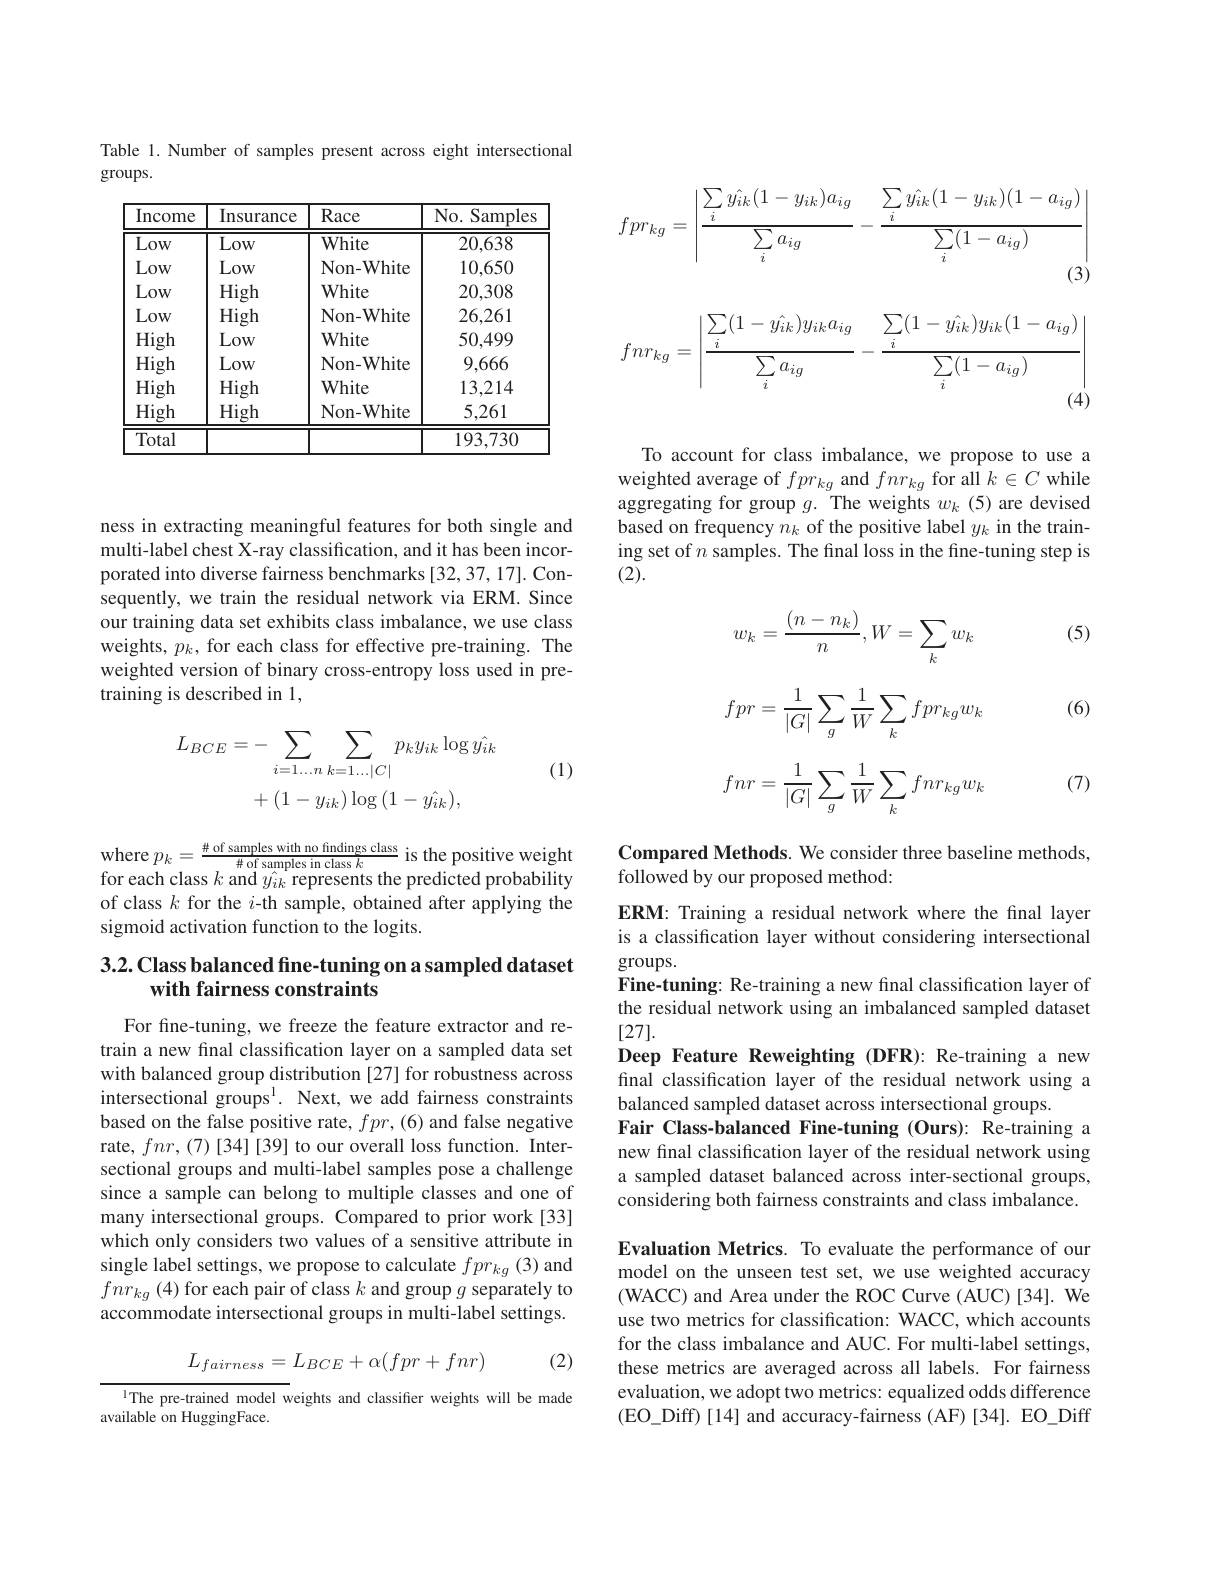
ness in extracting meaningful features for both single and multi-label chest X-ray classification, and it has been incorporated into diverse fairness benchmarks [32,37,17]. Consequently, we train the residual network via ERM. Since our training data set exhibits class imbalance, we use class weights, $p_k$, for each class for effective pre-training. The weighted version of binary cross-entropy loss used in pretraining is described in 1,
$$\begin{aligned}L_{BCE}&=-\sum_{i=1\ldots n}\sum_{k=1\ldots|C|}p_{k}y_{ik}\log\hat{y_{ik}}\\&+(1-y_{ik})\log{(1-y_{ik})},\end{aligned}$$
(1)

where $p_k=\frac{\#\text{of samples with no findings class}}{\#\text{of samples in class }k}$ is the positive weight for each class $k$ and $\hat{y_{ik}}$ represents the predicted probability of class $k$ for the $i$-th sample, obtained after applying the sigmoid activation function to the logits.

# 3.2. Class balanced fine-tuning on a sampled dataset with fairness constraints

For fine-tuning, we freeze the feature extractor and retrain a new fınal classifıcation layer on a sampled data set with balanced group distribution [27] for robustness across intersectional groups$^{1}.$ Next, we add fairness constraints based on the false positive rate, $fpr,(6)$ and false negative rate, $fnr,(7)[34][39]$ to our overall loss function. Intersectional groups and multi-label samples pose a challenge since a sample can belong to multiple classes and one of many intersectional groups. Compared to prior work[33] which only considers two values of a sensitive attribute in single label settings, we propose to calculate $fpr_{kg}$ (3) and $fnr_{kg}$ (4) for each pair of class $k$ and group $g$ separately to accommodate intersectional groups in multi-label settings.

(2)
$$L_{fairness}=L_{BCE}+\alpha(fpr+fnr)$$
$^{1}$The pre-trained model weights and classifier weights will be made
available on HuggingFace.

Table 1. Number of samples present across eight intersectional
groups.

<table>
	<tbody>
		<tr>
			<th>Income</th>
			<th>Insurance</th>
			<th>Race</th>
			<th>No. Samples</th>
		</tr>
		<tr>
			<td>Low</td>
			<td>Low</td>
			<td>White</td>
			<td>20,638</td>
		</tr>
		<tr>
			<td>Low</td>
			<td>Low</td>
			<td>Non- White</td>
			<td>10,650</td>
		</tr>
		<tr>
			<td>Low</td>
			<td>High</td>
			<td>White</td>
			<td>20,308</td>
		</tr>
		<tr>
			<td>Low</td>
			<td>High</td>
			<td>Non- White</td>
			<td>26,261</td>
		</tr>
		<tr>
			<td>High</td>
			<td>Low</td>
			<td>White</td>
			<td>50,499</td>
		</tr>
		<tr>
			<td>High</td>
			<td>Low</td>
			<td>Non- White</td>
			<td>9,666</td>
		</tr>
		<tr>
			<td>High</td>
			<td>High</td>
			<td>White</td>
			<td>13,214</td>
		</tr>
		<tr>
			<td>High</td>
			<td>High</td>
			<td>Non- White</td>
			<td>5,261</td>
		</tr>
		<tr>
			<td>Total</td>
			<td> </td>
			<td> </td>
			<td>193,730</td>
		</tr>
	</tbody>
</table>
$$fpr_{kg}=\left|\frac{\sum_{i}\hat{y_{ik}}(1-y_{ik})a_{ig}}{\sum_{i}a_{ig}}-\frac{\sum_{i}\hat{y_{ik}}(1-y_{ik})(1-a_{ig})}{\sum_{i}(1-a_{ig})}\right|\\\text{(3)}\\fnr_{kg}=\left|\frac{\sum_{i}(1-\hat{y_{ik}})y_{ik}a_{ig}}{\sum_{i}a_{ig}}-\frac{\sum_{i}(1-\hat{y_{ik}})y_{ik}(1-a_{ig})}{\sum_{i}(1-a_{ig})}\right|\\\text{(4)}$$
To account for class imbalance, we propose to use a weighted average of $fpr_{kg}$ and $fnr_{kg}$ for all $k\in C$ while aggregating for group $g.$ The weights $w_k$ (5) are devised based on frequency $n_k$ of the positive label $y_k$ in the training set of $n$ samples. The final loss in the fine-tuning step is (2).

(5)

(6)
$$w_{k}=\frac{(n-n_{k})}{n},W=\sum_{k}w_{k}\\fpr=\frac{1}{|G|}\sum_{g}\frac{1}{W}\sum_{k}fpr_{kg}w_{k}\\fnr=\frac{1}{|G|}\sum_{g}\frac{1}{W}\sum_{k}fnr_{kg}w_{k}$$
(7)

Compared Methods. We consider three baseline methods,
followed by our proposed method:

ERM: Training a residual network where the final layer is a classification layer without considering intersectional groups.
Fine-tuning: Re-training a new final classification layer of the residual network using an imbalanced sampled dataset [27].
Deep Feature Reweighting (DFR): Re-training a new final classification layer of the residual network using a balanced sampled dataset across intersectional groups.
Fair Class-balanced Fine-tuning (Ours): Re-training a new final classification layer of the residual network using a sampled dataset balanced across inter-sectional groups, considering both fairness constraints and class imbalance.

Evaluation Metrics. To evaluate the performance of our model on the unseen test set, we use weighted accuracy (WACC) and Area under the ROC Curve (AUC)[34]. We use two metrics for classification: WACC, which accounts for the class imbalance and AUC. For multi-label settings, these metrics are averaged across all labels. For fairness evaluation, we adopt two metrics: equalized odds difference ( EO$\_$Diff) [ 14] and accuracy- fairness ( AF) [ 34] . EO$\_$Diff